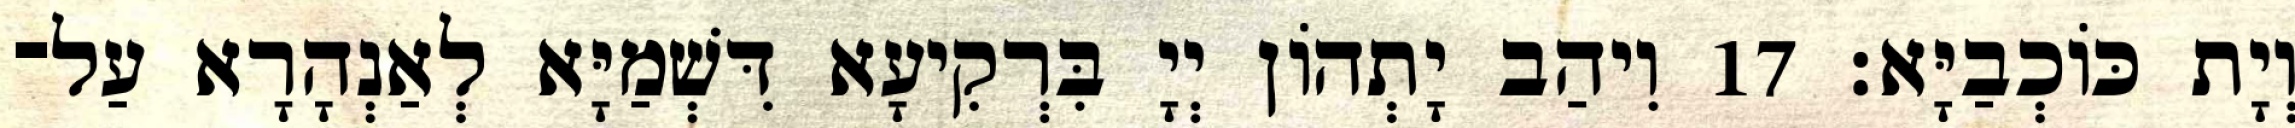
וְיָת כּוֹכְבַיָּא׃ 17 וִיהַב יָתְהוֹן יְיָ בִּרְקִיעָא דִּשְׁמַיָּא לְאַנְהָרָא עַל־